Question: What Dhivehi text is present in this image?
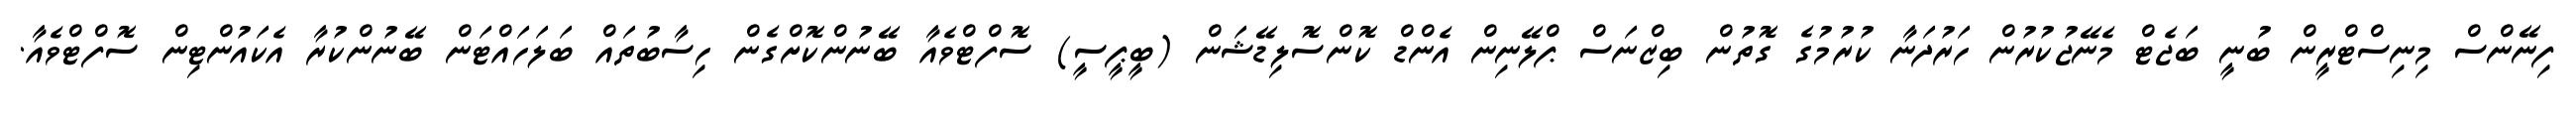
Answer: ފިނޭންސް މިނިސްޓްރީން ބުނީ ބަޖެޓް މެނޭޖުކުރުން ހަރުދަނާ ކުރުމުގެ ގޮތުން ބިޒްނަސް ޕްލޭނިން އެންޑް ކޮންސޮލިޑޭޝަން (ބީޕީސީ) ސޮފްޓްވެއާ ބޭނުންކޮށްގެން ހިސާބުތައް ބަލަހައްޓަން ބޭނުންކުރާ އެކައުންޓިން ސޮފްޓްވެއާ.